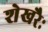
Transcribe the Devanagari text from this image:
शेखरैः